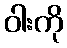
ဝါးကို